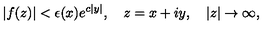
\left| f ( z ) \right| < \epsilon ( x ) e ^ { c \left| y \right| } , \quad z = x + i y , \quad \left| z \right| \rightarrow \infty ,